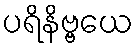
ပရိနိဗ္ဗယေ